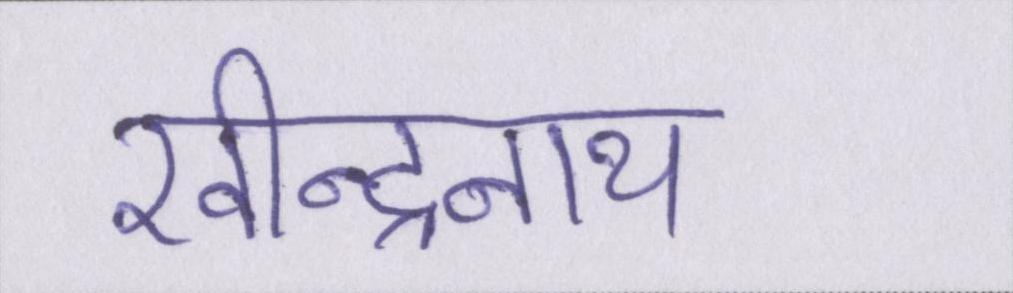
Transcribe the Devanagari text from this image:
रवीन्द्रनाथ